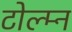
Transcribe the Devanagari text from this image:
टोल्म्न